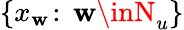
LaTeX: \{ x_{\mathbf{w}}\! :\, \mathbf{w}\inN_{u}\}